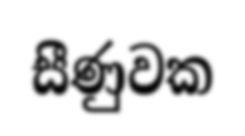
සීණුවක